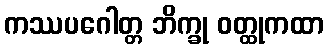
ကဿပဂေါတ္တ ဘိက္ခု ဝတ္ထုကထာ